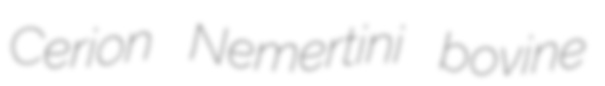
Cerion Nemertini bovine